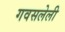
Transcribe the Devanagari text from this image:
गवसलेली